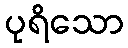
ပုရိသော